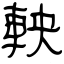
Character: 軮